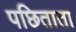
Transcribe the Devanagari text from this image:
पछिताता